Vaccination in the Punjab 1919-1929 - 1919-1929
Year: 1919
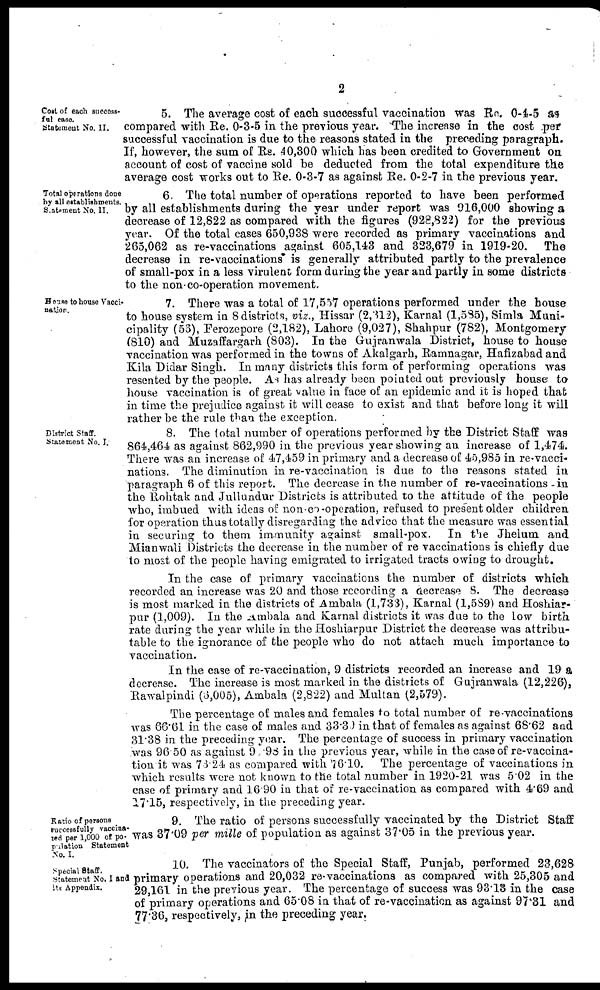
2
Cost of each success-
ful case.
Statement No. II.
5. The average cost of each successful vaccination was Re. 0-4-5 as
compared with Re. 0-3-5 in the previous year. The increase in the cost per
successful vaccination is due to the reasons stated in the preceding paragraph.
If, however, the sum of Rs. 40,300 which has been credited to Government on
account of cost of vaccine sold be deducted from the total expenditure the
average cost works out to Re. 0-3-7 as against Re. 0-2-7 in the previous year.
Total operations done
by all establishments.
Statement No. II.
6 The total number of operations reported to have been performed
by all establishments during the year under report was 916,000 showing a
decrease of 12,822 as compared with the figures (928,822) for the previous
year. Of the total cases 650,938 were recorded as primary vaccinations and
265,062 as re-vaccinations against 605,143 and 323,679 in 1919-20. The
decrease in re-vaccinations is generally attributed partly to the prevalence
of small-pox in a less virulent form during the year and partly in some districts
to the non-co-operation movement.
House to house Vacci-
nation.
7. There was a total of 17,557 operations performed under the house
to house system in 8 districts, viz., Hissar (2,312), Karnal (1,585), Simla Muni-
cipality (53), Ferozepore (2,182), Lahore (9,027), Shahpur (782), Montgomery
(810) and Muzaffargarh (803). In the Gujranwala District, house to house
vaccination was performed in the towns of Akalgarh, Ramnagar, Hafizabad and
Kila Didar Singh. In many districts this form of performing operations was
resented by the people. As has already been pointed out previously house to
house vaccination is of great value in face of an epidemic and it is hoped that
in time the prejudice against it will cease to exist and that before long it will
rather be the rule than the exception.
District Staff.
Statement No. I.
8. The total number of operations performed by the District Staff was
864,464 as against 862,990 in the previous year showing an increase of 1,474.
There was an increase of 47,459 in primary and a decrease of 45,985 in re-vacci-
nations. The diminution in re-vaccination is due to the reasons stated in
paragraph 6 of this report. The decrease in the number of re-vaccinations -in
the Rohtak and Jullundur Districts is attributed to the attitude of the people
who, imbued with ideas of non-co-operation, refused to present older children
for operation thus totally disregarding the advice that the measure was essential
in securing to them immunity against small-pox. In the Jhelum and
Mianwali Districts the decrease in the number of re vaccinations is chiefly due
to most of the people having emigrated to irrigated tracts owing to drought.
In the case of primary vaccinations the number of districts which
recorded an increase was 20 and those recording a decrease 8. The decrease
is most marked in the districts of Ambala (1,733), Karnal (1,589) and Hoshiar-
pur (1,009). In the Ambala and Karnal districts it was due to the low birth
rate during the year while in the Hoshiarpur District the decrease was attribu-
table to the ignorance of the people who do not attach much importance to
vaccination.
In the case of re-vaccination, 9 districts recorded an increase and 19 a
decrease. The increase is most marked in the districts of Gujranwala (12,226),
Rawalpindi (6,005), Ambala (2,822) and Multan (2,579).
The percentage of males and females to total number of re-vaccinations
was 66.61 in the case of males and 33.30 in that of females as against 68.62 and
31.38 in the preceding year. The percentage of success in primary vaccination
was 96.50 as against 90.98 in the previous year, while in the case of re-vaccina-
tion it was 78.24 as compared with 76.10. The percentage of vaccinations in
which results were not known to the total number in 1920-21 was 5.02 in the
case of primary and 16.90 in that of re-vaccination as compared with 4.69 and
17.15, respectively, in the preceding year.
Ratio of persons
successfully vaccina-
ted per 1,000 of po-
pulation Statement
No. I.
9. The ratio of persons successfully vaccinated by the District Staff
was 37.09 per mille of population as against 37.05 in the previous year.
Special Staff.
Statement No. I and
its Appendix.
10. The vaccinators of the Special Staff, Punjab, performed 23,628
primary operations and 20,032 re-vaccinations as compared with 25,305 and
29,161 in the previous year. The percentage of success was 93.13 in the case
of primary operations and 65.08 in that of re-vaccination as against 97.31 and
77.36, respectively, in the preceding year.